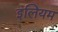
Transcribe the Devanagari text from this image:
इलियम